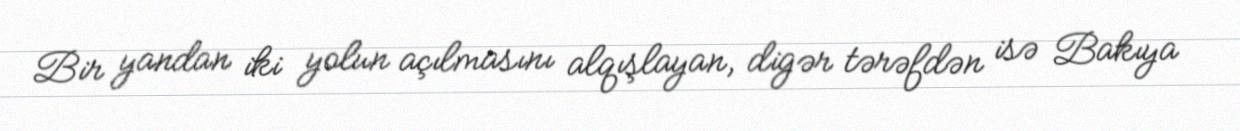
Bir yandan iki yolun açılmasını alqışlayan, digər tərəfdən isə Bakıya